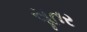
સૂતર